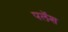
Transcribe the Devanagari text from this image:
पलॅश